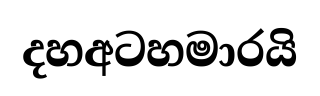
දහඅටහමාරයි